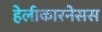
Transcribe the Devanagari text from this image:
हेलीकारनेसस